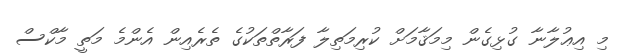
މި އިޢުލާނާ ގުޅިގެން މިމަޤާމަށް ކުރިމަތިލާ ފަރާތްތަކުގެ ތެރެއިން އެންމެ މަތީ މާކްސް